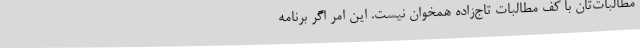
مطالبات‌تان با کف مطالبات تاج‌زاده همخوان نیست. این امر اگر برنامه